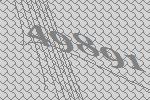
49891